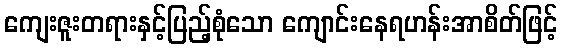
ကျေးဇူးတရားနှင့်ပြည့်စုံသော ကျောင်းနေရဟန်းအာစိတ်ဖြင့်